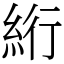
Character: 絎